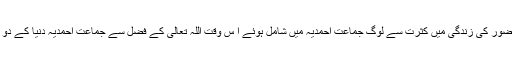
چنانچہ اللہ تعالیٰ کے وعدہ کے مطابق حضور کی زندگی میں کثرت سے لوگ جماعت احمدیہ میں شامل ہوئے ا ِس وقت اللہ تعالیٰ کے فضل سے جماعت احمدیہ دنیا کے دو سَو سے زائد ممالک میں قائم ہوچکی ہے۔